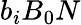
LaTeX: b_{i}B_{0}N